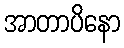
အာတာပိနော